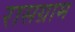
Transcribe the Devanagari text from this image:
रासग्राम